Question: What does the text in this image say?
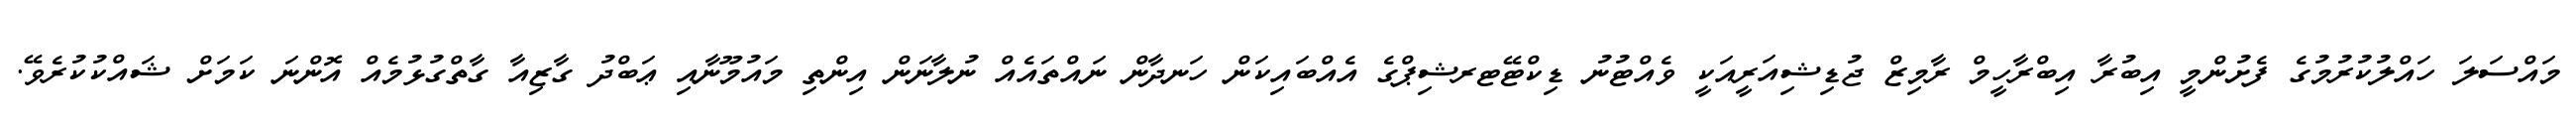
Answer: މައްސަލަ ހައްލުކުރުމުގެ ފެށުންމީ އިބުރާ އިބްރާހީމް ރާމިޒް ޖުޑިޝިއަރީއަކީ ވެއްޓުނު ޑިކްޓޭޓރޝިޕްގެ އެއްބައިކަން ހަނދާން ނައްތައެއް ނުލާނަން އިންތި މައުމޫނާއި ޢަބްދު ގާޒިއާ ގާތްގުޅުމެއް އޮންނަ ކަމަށް ޝައްކުކުރެވޭ.